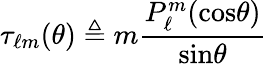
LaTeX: \tau_{\ell m}(\theta)\triangleq m\frac{P_{\ell}^{m}(\mathrm{cos}\theta)}{\mathrm{sin}\theta}